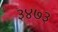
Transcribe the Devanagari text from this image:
३४७३